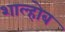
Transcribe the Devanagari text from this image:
शाल्होब